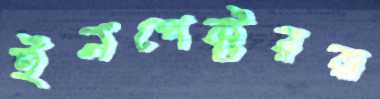
ইনপেক্টররা